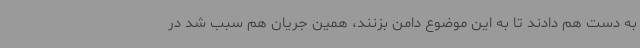
به دست هم دادند تا به این موضوع دامن بزنند، همین جریان هم سبب شد در